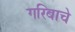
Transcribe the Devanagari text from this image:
गरिबाचे